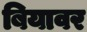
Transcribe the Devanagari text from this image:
बियावर